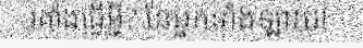
រគាំងធ្វើអ្វី? នែអ្នកទាំងឡាយ!